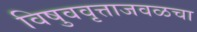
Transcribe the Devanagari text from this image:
विषुववृत्ताजवळचा